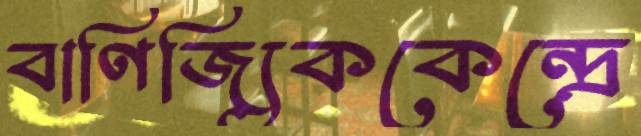
বাণিজ্যিককেন্দ্রে